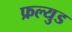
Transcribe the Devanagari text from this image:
फ्रल्युड